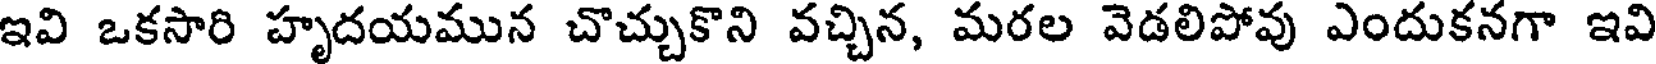
ఇవి ఒకసారి హృదయమున చొచ్చుకొని వచ్చిన, మరల వెడలిపోవు ఎందుకనగా ఇవి